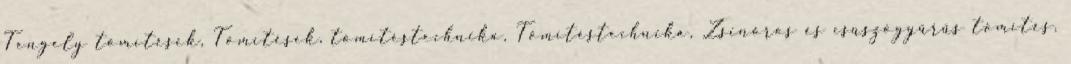
Tengely tömítések, Tömítések, tömítéstechnika, Tömítéstechnika, Zsinóros és csúszógyűrűs tömítés,